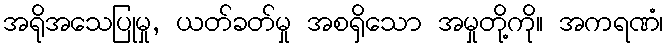
အရိုအသေပြုမှု, ယတ်ခတ်မှု အစရှိသော အမှုတို့ကို။ အကရဏံ၊